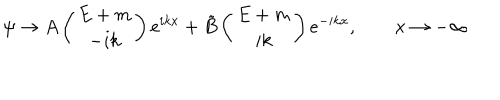
\psi \to A \left( \begin{array} { c } { { E + m } } \\ { { - i k } } \\ \end{array} \right) e ^ { i k x } + \tilde { B } \left( \begin{array} { c } { { E + m } } \\ { { i k } } \\ \end{array} \right) e ^ { - i k x } , \qquad x \to - \infty